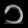
Digit: ၁